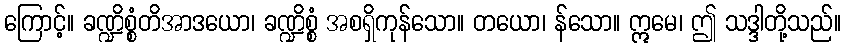
ကြောင့်။ ခဏ္ဍိစ္စံတိအာဒယော၊ ခဏ္ဍိစ္စံ အစရှိကုန်သော။ တယော၊ န်သော။ ဣမေ၊ ဤ သဒ္ဒါတို့သည်။